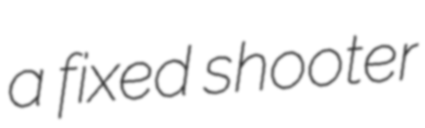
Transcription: a fixed shooter